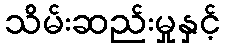
သိမ်းဆည်းမှုနှင့်